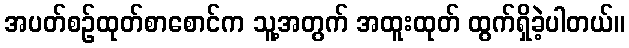
အပတ်စဉ်ထုတ်စာစောင်က သူ့အတွက် အထူးထုတ် ထွက်ရှိခဲ့ပါတယ်။